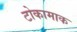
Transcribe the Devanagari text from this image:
टोकामाक